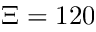
\Xi = 1 2 0